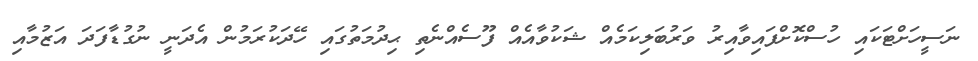
ނަސީހަށްޓަކައި ހުސްކޮށްފައިވާއިރު ވަރުބަލިކަމެއް ޝަކުވާއެއް ފޫސެއްނެތި ޙިދުމަތުގައި ހޭދަކުރަމުން އެދަނީ ނުގުޑާފަދަ އަޒުމާއި